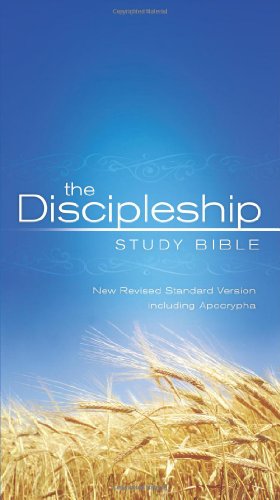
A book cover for The Discipleship Study Bible: New Revised Standard Version including Apocrypha; Christian Books & Bibles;